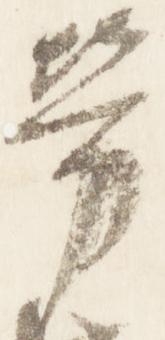
労